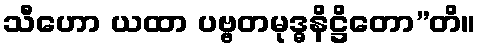
သီဟော ယထာ ပဗ္ဗတမုဒ္ဓနိဋ္ဌိတော”တိ။